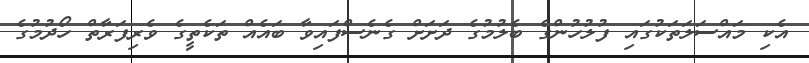
އެކި މައްސަލަތަކުގައި ފުލުހުންގެ ބެލުމުގެ ދަށަށް ގެނެސްފައިވާ ބައެއް ތަކެތީގެ ވެރިފަރާތް ހޯދުމުގެ